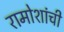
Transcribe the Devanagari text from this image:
रामोशांची